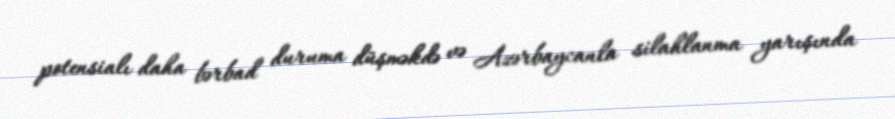
potensialı daha bərbad duruma düşməkdə və Azərbaycanla silahlanma yarışında